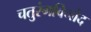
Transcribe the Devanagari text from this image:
चतुरंगविनोद